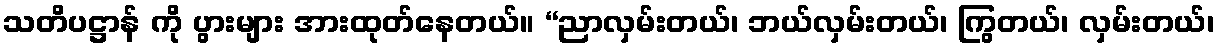
သတိပဋ္ဌာန် ကို ပွားများ အားထုတ်နေတယ်။ “ညာလှမ်းတယ်၊ ဘယ်လှမ်းတယ်၊ ကြွတယ်၊ လှမ်းတယ်၊